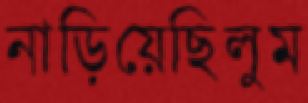
নাড়িয়েছিলুম